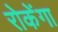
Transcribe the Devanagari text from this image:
रोकेंगा